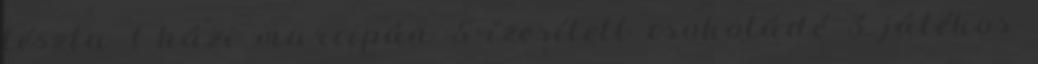
tészta 1 házi marcipán 5 ízesített csokoládé 3 játékos